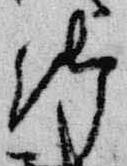
御